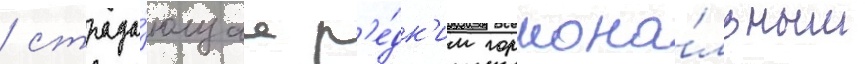
/ страда́ющаа р'е́дк'им гормона́льным